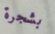
بشجرة